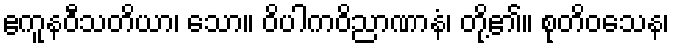
ဧကူနဝီသတိယာ၊ သော။ ဝိပါကဝိညာဏာနံ၊ တို့၏။ စုတိဝသေန၊